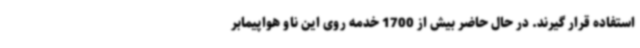
استفاده قرار گیرند. در حال حاضر بیش از 1700 خدمه روی این ناو هواپیمابر